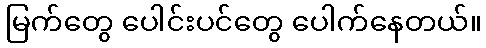
မြက်တွေ ပေါင်းပင်တွေ ပေါက်နေတယ်။